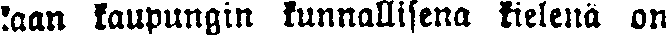
kaan kaupungin kunnallisena kielenä on